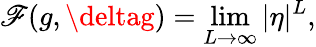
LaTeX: \mathscr{F}(g,\deltag)=\operatorname*{lim}_{L\rightarrow\infty}|\eta|^{L},